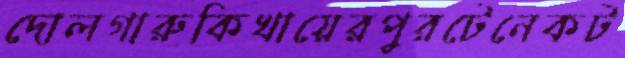
দোলগারুকিখায়েরপুরটেনেকট